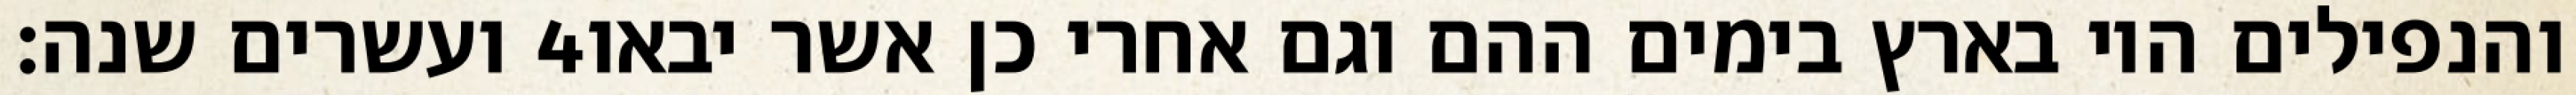
ועשרים שנה׃ ‎4‏ והנפילים היו בארץ בימים ההם וגם אחרי כן אשר יבאו